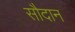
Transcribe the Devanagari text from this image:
सौदान